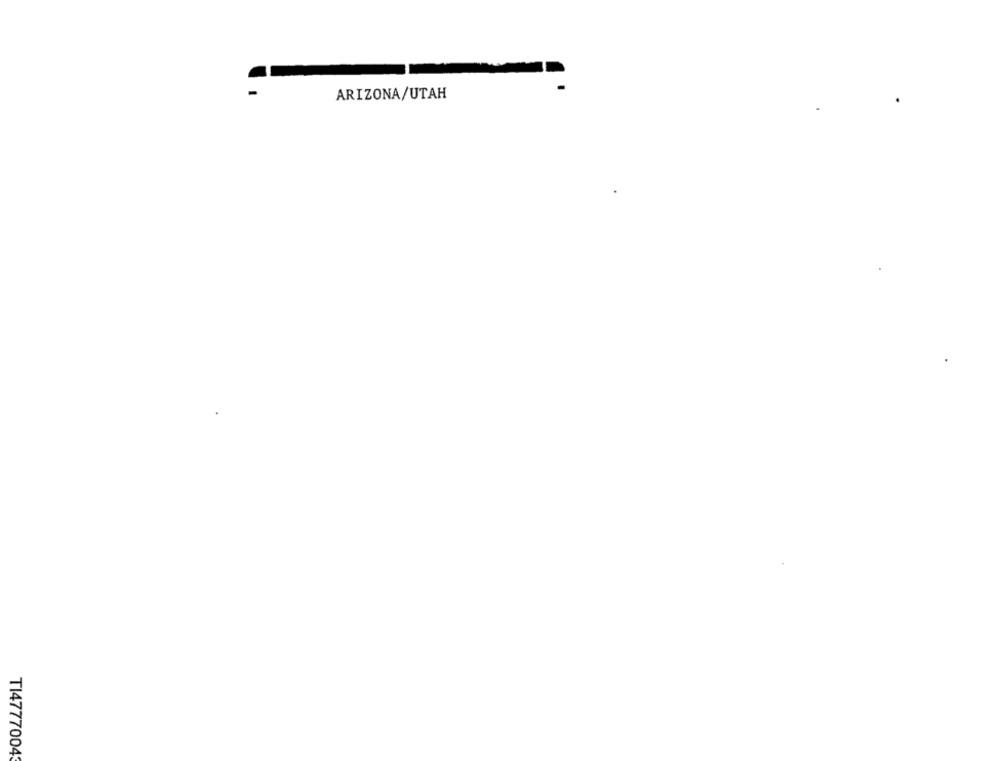
ARIZONA/UTAH
TI47770043